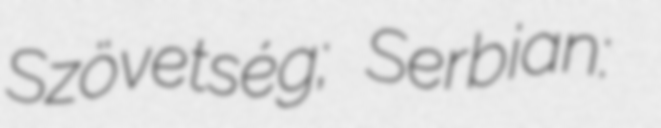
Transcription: Szövetség; Serbian: Савез